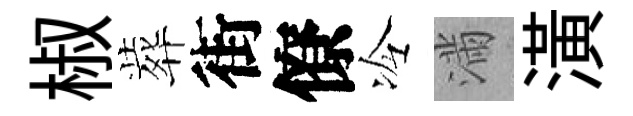
椒葬街僚冷滿潢